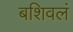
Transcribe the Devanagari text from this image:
बशिवलं